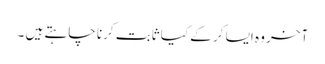
آخر وہ ایسا کر کے کیا ثابت کرنا چاہتے ہیں ۔